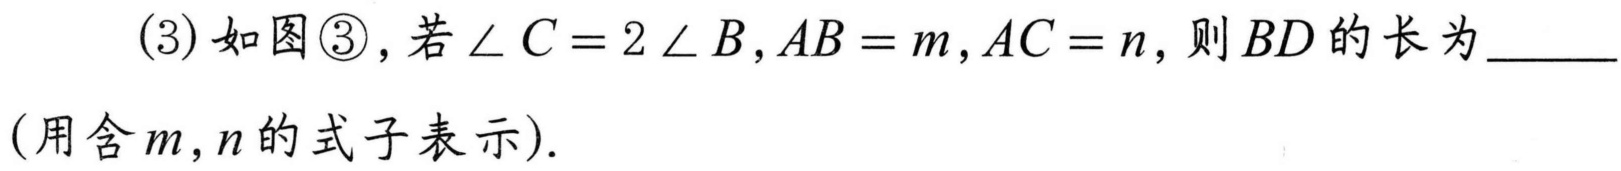
(3) 如图\textcircled{3}，若\(\angle C = 2\angle B\)，\(AB = m\)，\(AC = n\)，则\(BD\)的长为______
(用含\(m,n\)的式子表示).